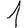
Digit: 1